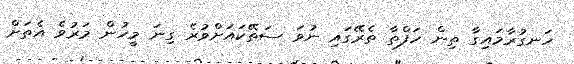
ހަނގުރާމައިގާ ތިން ހަފްތާ ތެރޭގައި ނުވަ ސަތޭކައަށްވުރެ ގިނަ މީހުން މަރުވެ އެތަށް